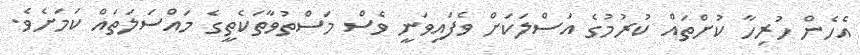
އެހެން ހުރިހާ ކުށްތައް ކުރުމުގެ އަސްލަކަށް ވެފައިވަނީ ވެސް މަސްތުވާތަކެތީގެ މައްސަލަތައް ކަމަށެވެ.